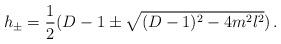
LaTeX: \begin{align*}h_{\pm} = \frac 12(D-1 \pm \sqrt{(D-1)^2 - 4m^2l^2})\,.\end{align*}